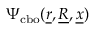
\Psi _ { \mathrm { c b o } } ( \underline { { r } } , \underline { { R } } , \underline { { x } } )